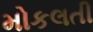
મોકલતી